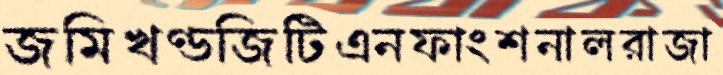
জমিখণ্ডজিটিএনফাংশনালরাজা